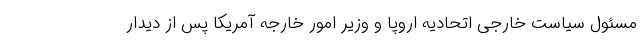
مسئول سیاست خارجی اتحادیه اروپا و وزیر امور خارجه آمریکا پس از دیدار